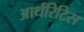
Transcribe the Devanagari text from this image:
आर्थरिटिस